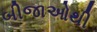
બીજાઓથી